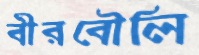
বীরবৌলি